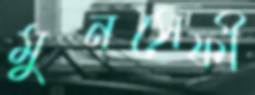
মুনসেফী